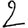
Digit: 2